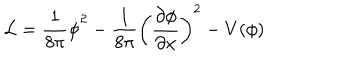
{ \cal L } = \frac { 1 } { 8 \pi } \dot { \phi } ^ { 2 } - \frac { 1 } { 8 \pi } \left( \frac { \partial \phi } { \partial x } \right) ^ { 2 } - V ( \phi )